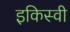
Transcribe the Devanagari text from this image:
इकिस्वी